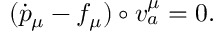
( \dot { p } _ { \mu } - f _ { \mu } ) \circ v _ { a } ^ { \mu } = 0 .